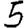
Digit: 5